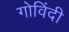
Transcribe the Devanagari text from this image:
गोविंदी